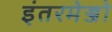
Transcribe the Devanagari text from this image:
इंतरमेज्जो